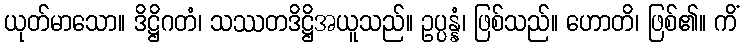
ယုတ်မာသော။ ဒိဋ္ဌိဂတံ၊ သဿတဒိဋ္ဌိအယူသည်။ ဥပ္ပန္နံ၊ ဖြစ်သည်။ ဟောတိ၊ ဖြစ်၏။ ကိံ